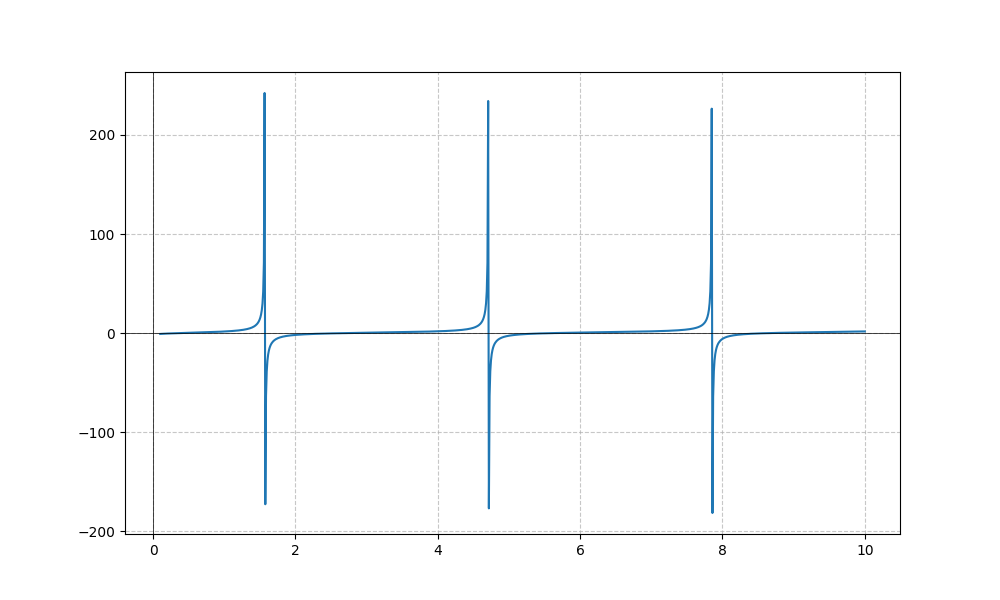
LaTeX formula: \frac{\log{\left(x \right)}}{\log{\left(10 \right)}} + \tan{\left(x \right)}